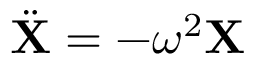
\ddot { \mathbf { X } } = - \omega ^ { 2 } \mathbf { X }